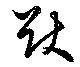
猷